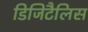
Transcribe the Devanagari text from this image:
डिजिटैलिस